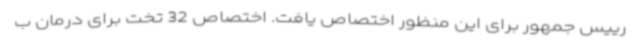
رییس جمهور برای این منظور اختصاص یافت. اختصاص 32 تخت برای درمان ب